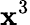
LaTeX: \mathbf{x}^{3}